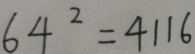
6 4 ^ { 2 } = 4 1 1 6